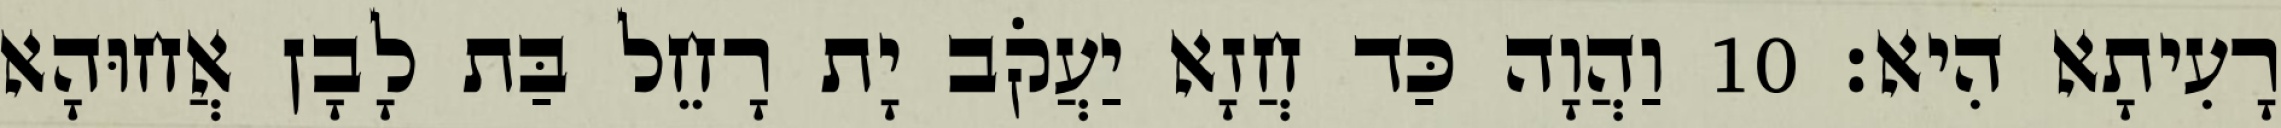
רָעִיתָא הִיא׃ 10 וַהֲוָה כַּד חֲזָא יַעֲקֹב יָת רָחֵל בַּת לָבָן אֲחוּהָא